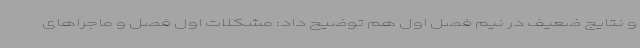
و نتایج ضعیف در نیم فصل اول هم توضیح داد:‌ مشکلات اول فصل و ماجراهای